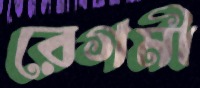
রেগমী